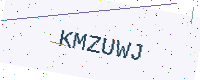
Text: KMZUWJ